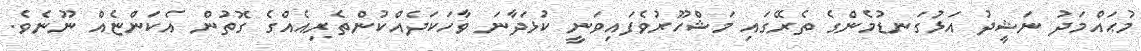
މުޙައްމަދު ނަޝީދު އަޅުގަނޑުމެންގެ ތެރޭގައި މަޝްހޫރުވެފައިވަނީ ކުޅަދާނަ ވާހަކަދެއްކުންތެރިއެއްގެ ގޮތުން އެކަންޏެއް ނޫނެވެ.